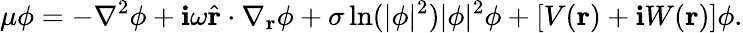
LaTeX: \mu\phi=-\nabla^{2}\phi+\mathbf{i}\omega\widehat{{\mathbf{{r}}}}\cdot\nabla_{\mathbf{{r}}}\phi+\sigma\ln(|\phi|^{2})|\phi|^{2}\phi+[V(\mathbf{{r}})+\mathbf{i}W(\mathbf{{r}})]\phi.